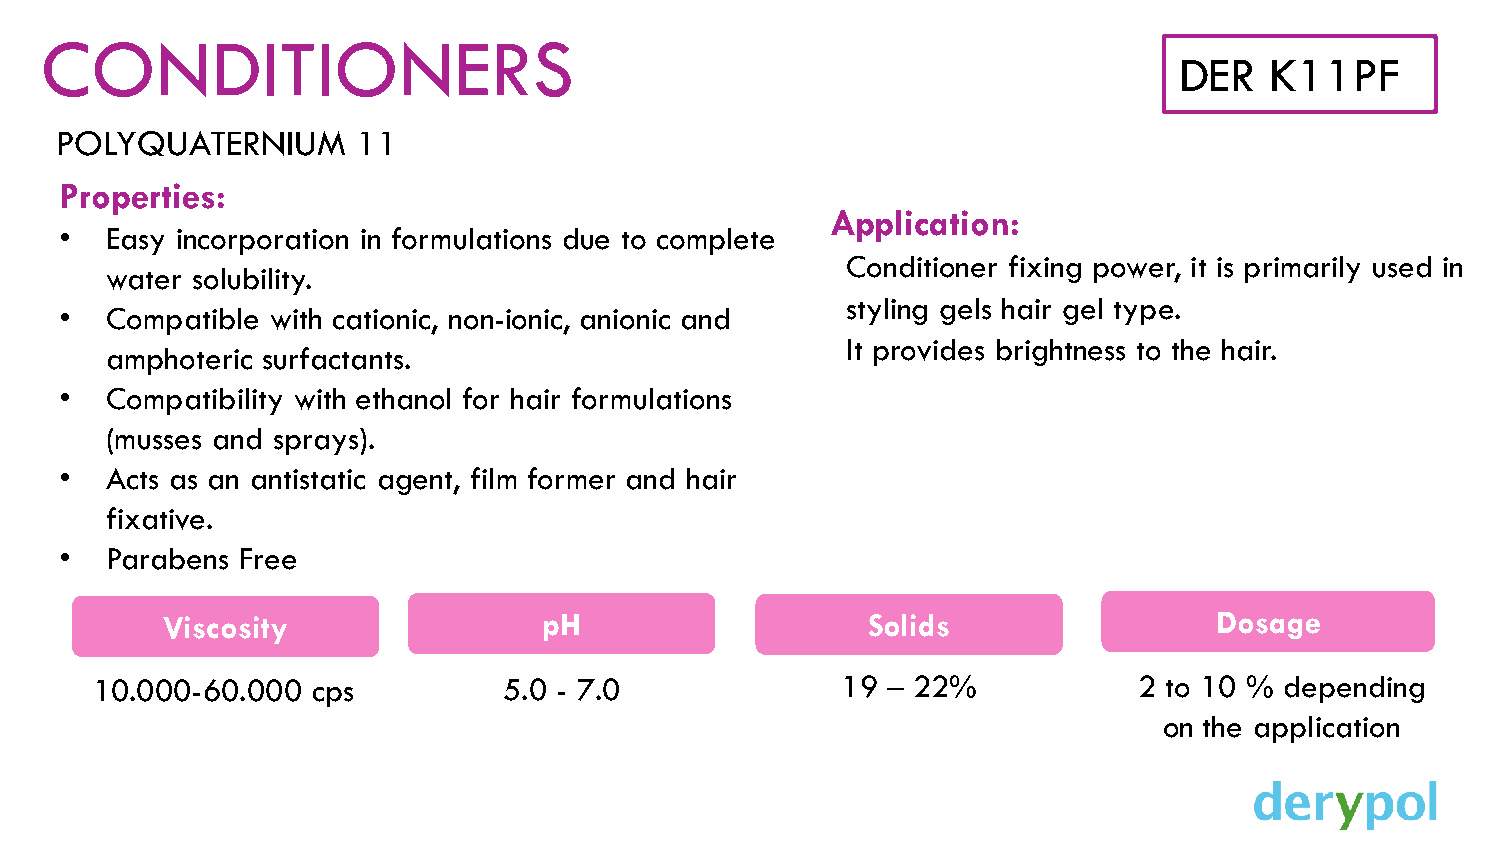
CONDITIONERS
 DER   K11PF
 POLYQUATERNIUM      11
 Properties:
 Application:
 •  Easy incorporation in formulations due to complete
 Conditioner fixing power, it is primarily used in
 water solubility.
 styling gels hair gel type.
 •  Compatible with cationic, non-ionic, anionic and
 It provides brightness to the hair.
 amphoteric surfactants.
 •  Compatibility with ethanol for hair formulations
 (musses and sprays).
 •  Acts as an antistatic agent, film former and hair
 fixative.
 •  Parabens Free
 Viscosity                pH                   Solids                  Dosage
 10.000-60.000  cps         5.0 - 7.0              19 – 22%           2 to 10 % depending
 on the application